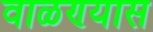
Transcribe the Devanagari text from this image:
वाळण्यास